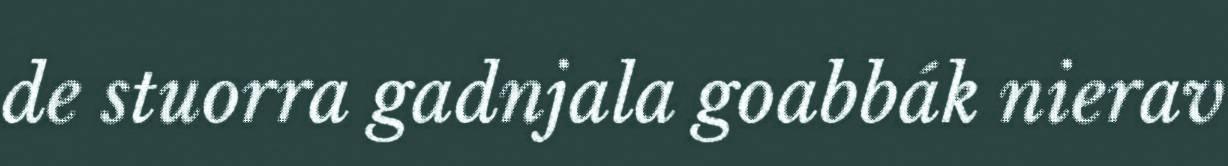
de stuorra gadnjala goabbák nierav